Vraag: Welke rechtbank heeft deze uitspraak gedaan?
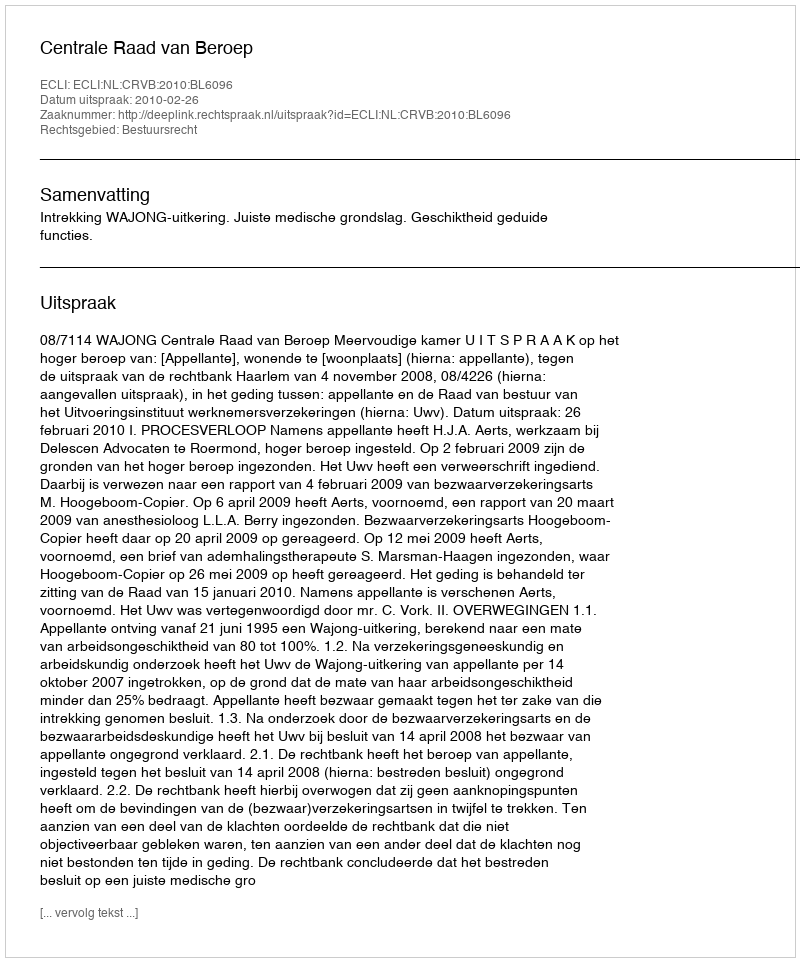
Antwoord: Centrale Raad van Beroep